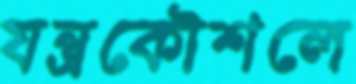
যন্ত্রকৌশলে